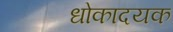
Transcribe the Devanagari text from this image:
धोकादयक